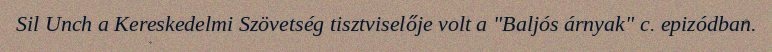
Sil Unch a Kereskedelmi Szövetség tisztviselője volt a "Baljós árnyak" c. epizódban.